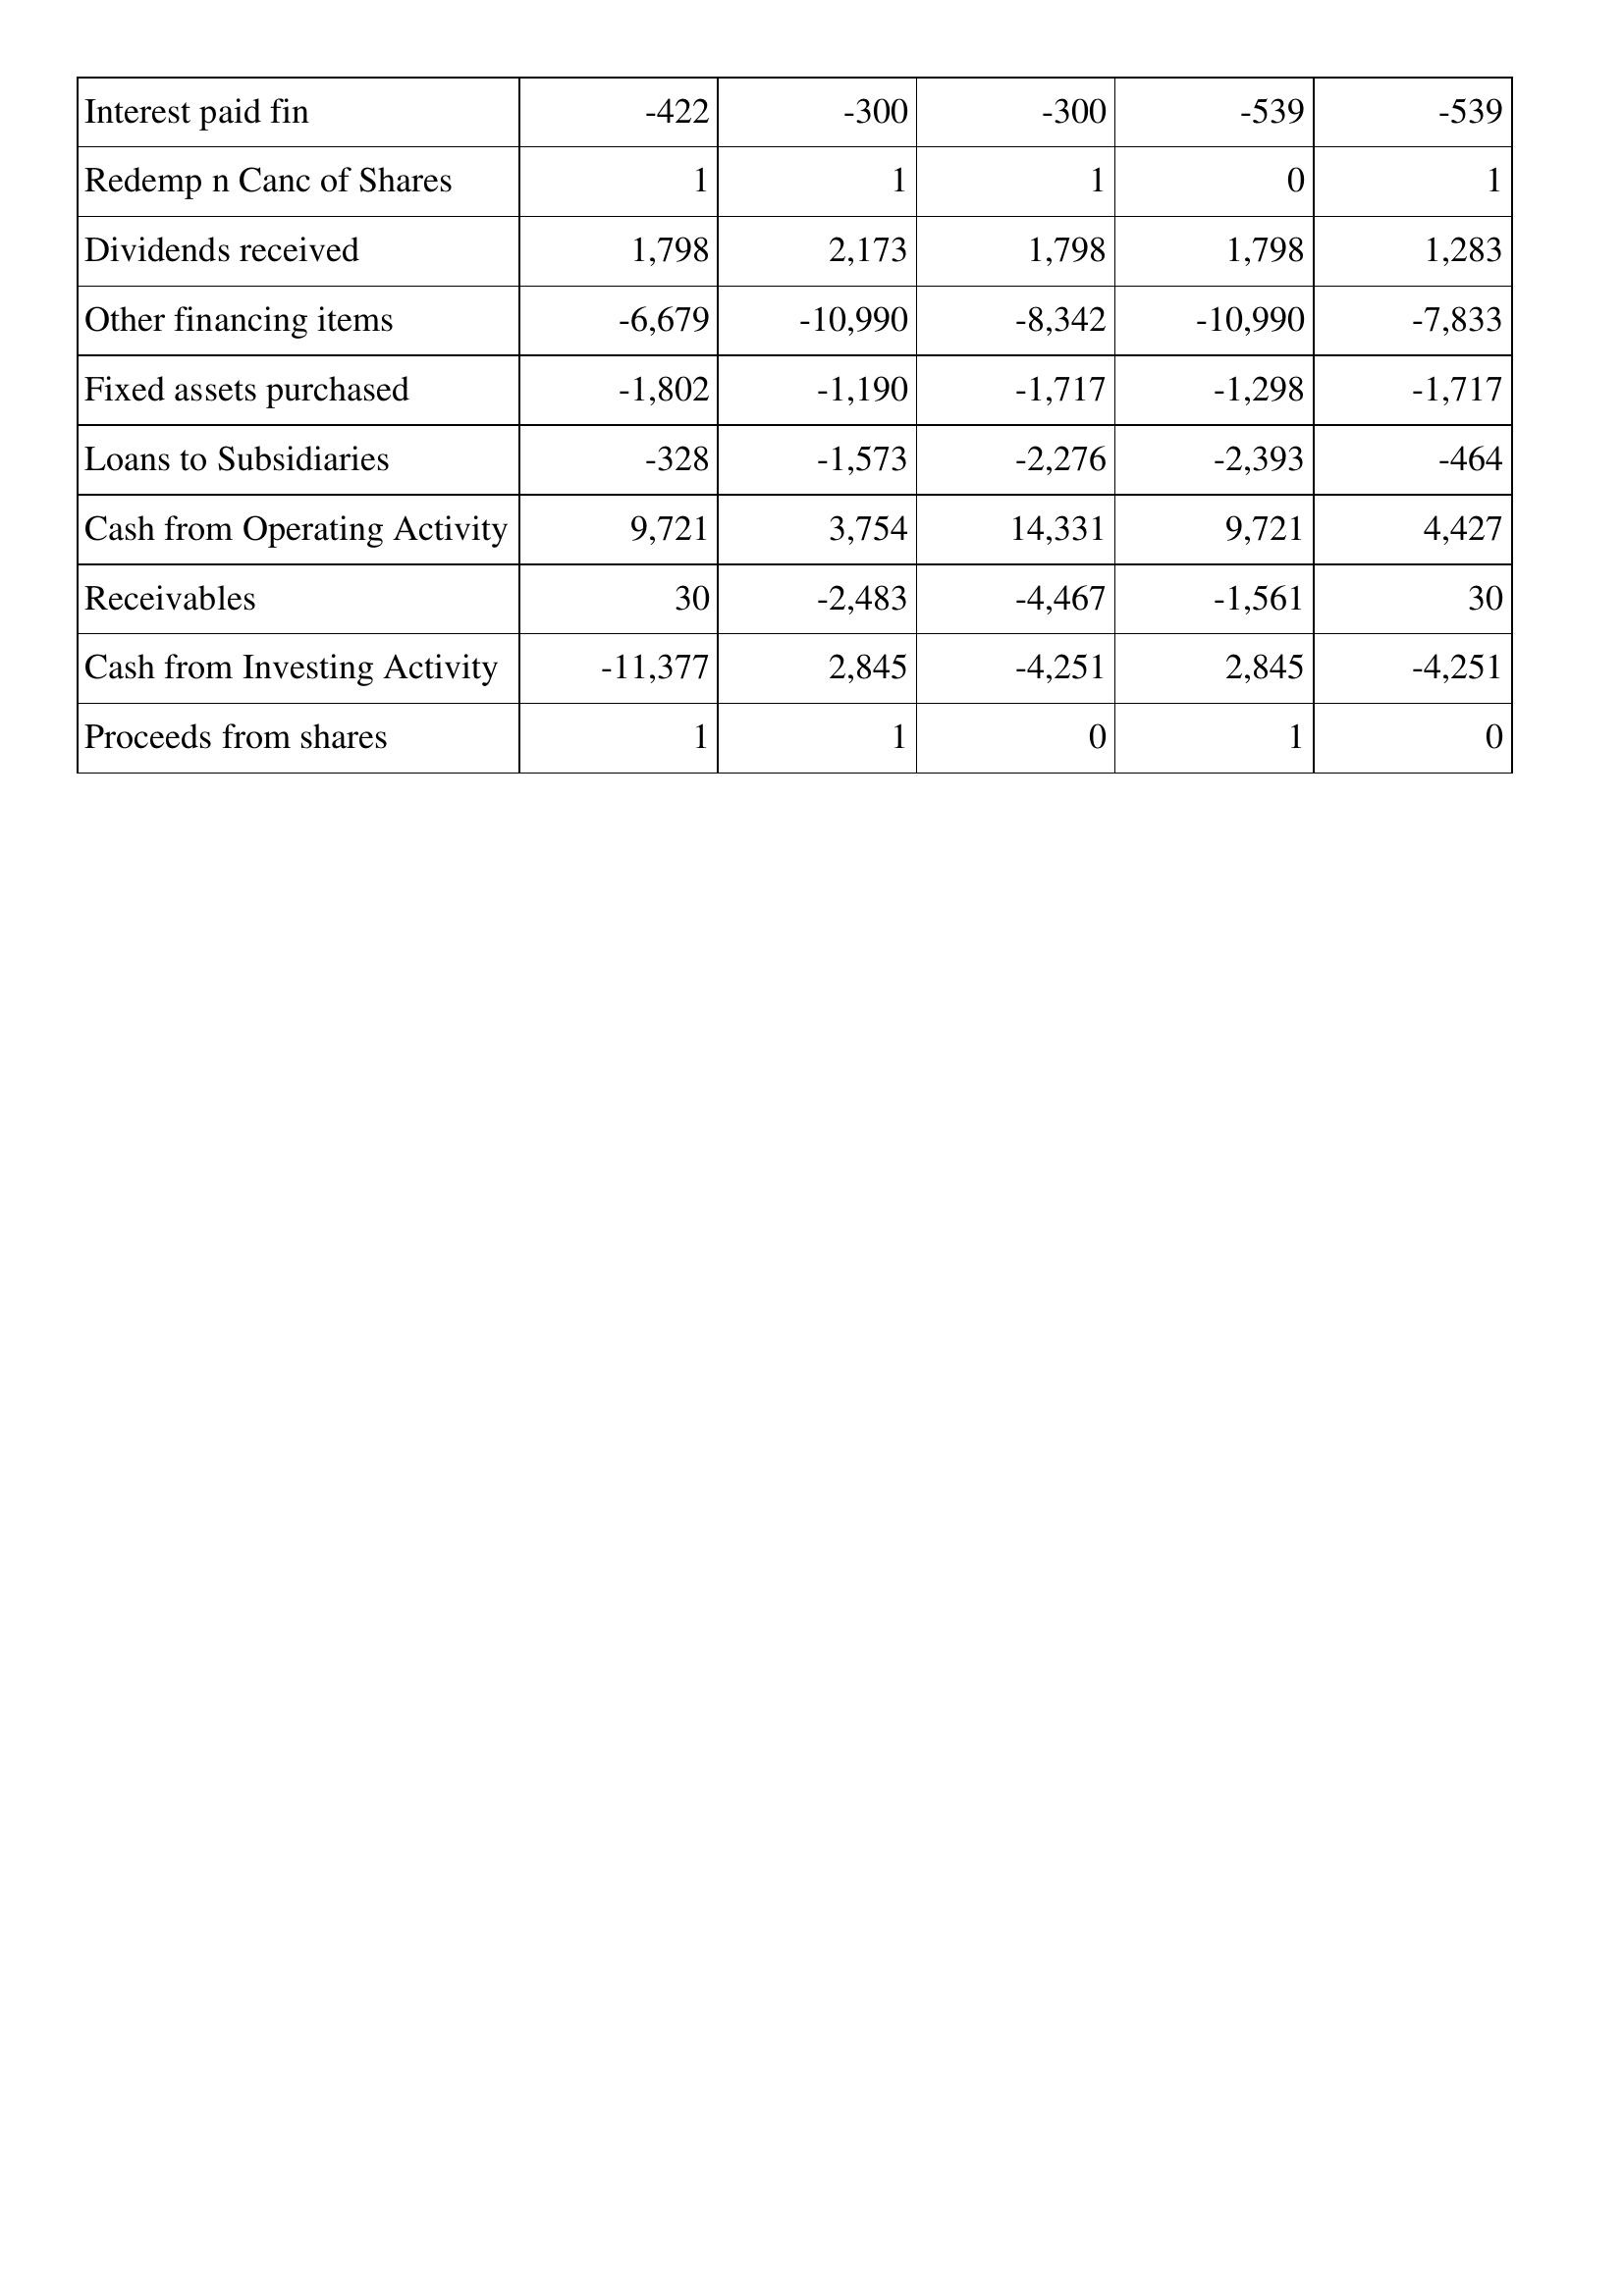
Sep-16: Cash Flows: Interest paid fin: -422
Redemp n Canc of Shares: 1
Dividends received: 1,798
Other financing items: -6,679
Fixed assets purchased: -1,802
Loans to Subsidiaries: -328
Cash from Operating Activity: 9,721
Receivables: 30
Cash from Investing Activity: -11,377
Proceeds from shares: 1
Sep-15: Cash Flows: Interest paid fin: -300
Redemp n Canc of Shares: 1
Dividends received: 2,173
Other financing items: -10,990
Fixed assets purchased: -1,190
Loans to Subsidiaries: -1,573
Cash from Operating Activity: 3,754
Receivables: -2,483
Cash from Investing Activity: 2,845
Proceeds from shares: 1
Sep-14: Cash Flows: Interest paid fin: -300
Redemp n Canc of Shares: 1
Dividends received: 1,798
Other financing items: -8,342
Fixed assets purchased: -1,717
Loans to Subsidiaries: -2,276
Cash from Operating Activity: 14,331
Receivables: -4,467
Cash from Investing Activity: -4,251
Proceeds from shares: 0
Sep-13: Cash Flows: Interest paid fin: -539
Redemp n Canc of Shares: 0
Dividends received: 1,798
Other financing items: -10,990
Fixed assets purchased: -1,298
Loans to Subsidiaries: -2,393
Cash from Operating Activity: 9,721
Receivables: -1,561
Cash from Investing Activity: 2,845
Proceeds from shares: 1
Sep-12: Cash Flows: Interest paid fin: -539
Redemp n Canc of Shares: 1
Dividends received: 1,283
Other financing items: -7,833
Fixed assets purchased: -1,717
Loans to Subsidiaries: -464
Cash from Operating Activity: 4,427
Receivables: 30
Cash from Investing Activity: -4,251
Proceeds from shares: 0